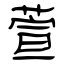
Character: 萱